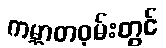
ကမ္ဘာတဝှမ်းတွင်